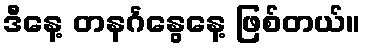
ဒီနေ့ တနင်္ဂနွေနေ့ ဖြစ်တယ်။